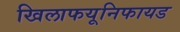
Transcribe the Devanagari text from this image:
खिलाफयूनिफायड